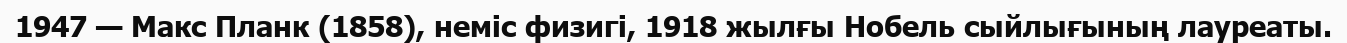
1947 — Макс Планк (1858), неміс физигі, 1918 жылғы Нобель сыйлығының лауреаты.